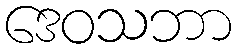
ဒေဝသဘာ